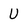
Character: U